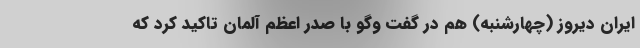
ایران دیروز (چهارشنبه) هم در گفت وگو با صدر اعظم آلمان تاکید کرد که